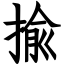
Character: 揄